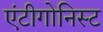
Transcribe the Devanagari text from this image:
एंटीगोनिस्ट